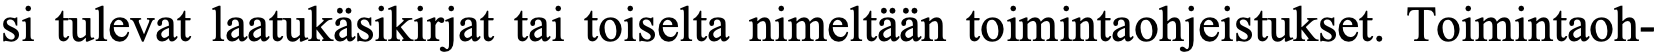
si tulevat laatukäsikirjat tai toiselta nimeltään toimintaohjeistukset. Toimintaoh-